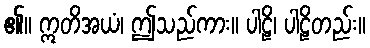
၏။ ဣတိအယံ၊ ဤသည်ကား။ ပါဠိ၊ ပါဠိတည်း။